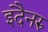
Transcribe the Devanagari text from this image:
इदैनरु